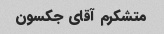
متشکرم آقای جکسون